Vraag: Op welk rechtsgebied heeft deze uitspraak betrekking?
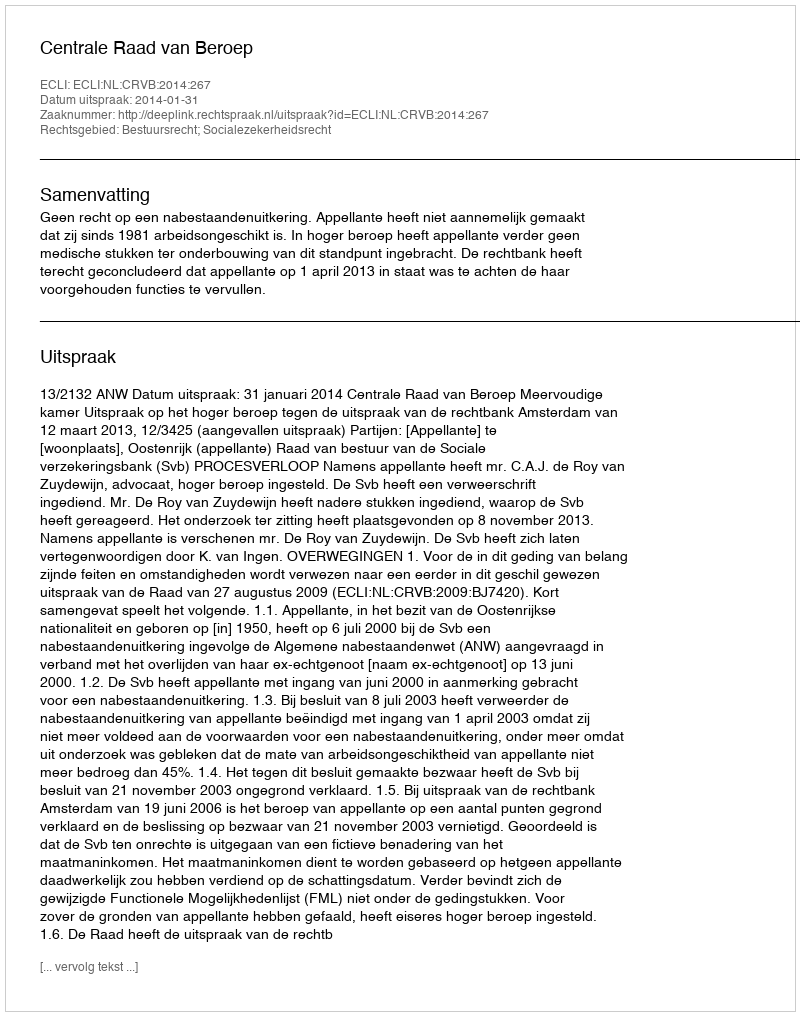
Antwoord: Bestuursrecht; Socialezekerheidsrecht